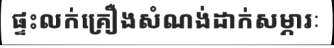
ផ្ទះលក់គ្រឿងសំណង់ដាក់សម្ភារៈ